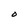
Character: O